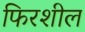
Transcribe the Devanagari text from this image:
फिरशील